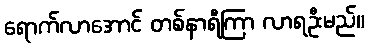
ရောက်လာအောင် တစ်နာရီကြာ လာရဦးမည်။